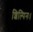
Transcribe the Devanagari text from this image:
शिल्पिनः।